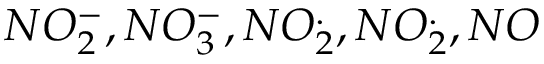
N O _ { 2 } ^ { - } , N O _ { 3 } ^ { - } , N O _ { 2 } ^ { . } , N O _ { 2 } ^ { . } , N O